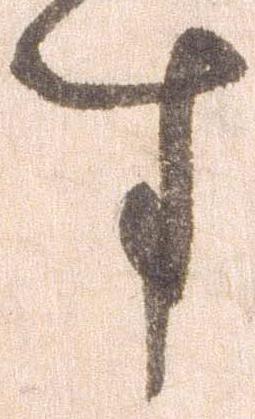
す